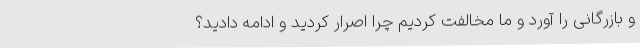
و بازرگانی را آورد و ما مخالفت کردیم چرا اصرار کردید و ادامه دادید؟